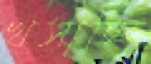
খসাচ্ছি